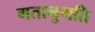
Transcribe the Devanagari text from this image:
गतानुगति